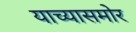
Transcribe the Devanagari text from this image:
याच्यासमोर